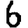
Digit: 6